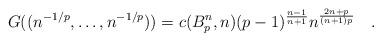
LaTeX: \begin{align*}G((n^{-1/p},\dots,n^{-1/p}))=c(B_p^n,n)(p-1)^{\frac{n-1}{n+1}}n^{\frac{2n+p}{(n+1)p}}\quad.\end{align*}